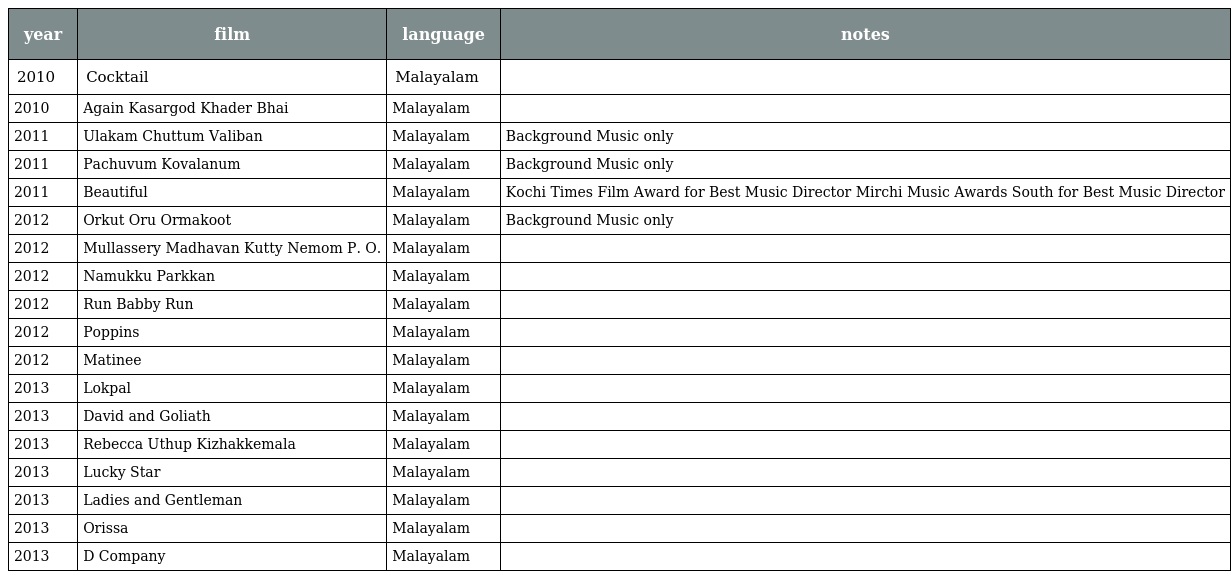
| year | film | language | notes |
 | --- | --- | --- | --- |
 | 2010 | Cocktail | Malayalam |  |
 | 2010 | Again Kasargod Khader Bhai | Malayalam |  |
 | 2011 | Ulakam Chuttum Valiban | Malayalam | Background Music only |
 | 2011 | Pachuvum Kovalanum | Malayalam | Background Music only |
 | 2011 | Beautiful | Malayalam | Kochi Times Film Award for Best Music Director Mirchi Music Awards South for Best Music Director |
 | 2012 | Orkut Oru Ormakoot | Malayalam | Background Music only |
 | 2012 | Mullassery Madhavan Kutty Nemom P. O. | Malayalam |  |
 | 2012 | Namukku Parkkan | Malayalam |  |
 | 2012 | Run Babby Run | Malayalam |  |
 | 2012 | Poppins | Malayalam |  |
 | 2012 | Matinee | Malayalam |  |
 | 2013 | Lokpal | Malayalam |  |
 | 2013 | David and Goliath | Malayalam |  |
 | 2013 | Rebecca Uthup Kizhakkemala | Malayalam |  |
 | 2013 | Lucky Star | Malayalam |  |
 | 2013 | Ladies and Gentleman | Malayalam |  |
 | 2013 | Orissa | Malayalam |  |
 | 2013 | D Company | Malayalam |  |